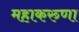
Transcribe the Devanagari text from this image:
महाकरुणा